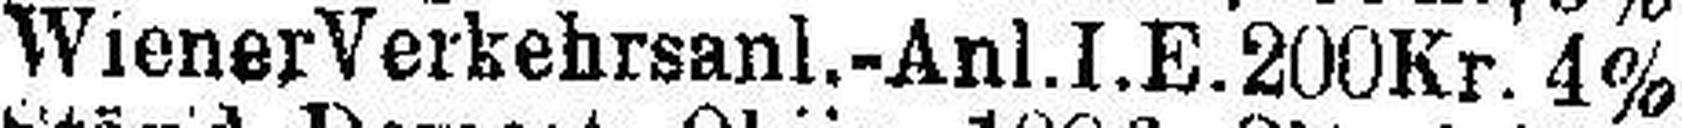
Wiener Verkehrsanl.-Anl.I.E. 200 Kr. 4%